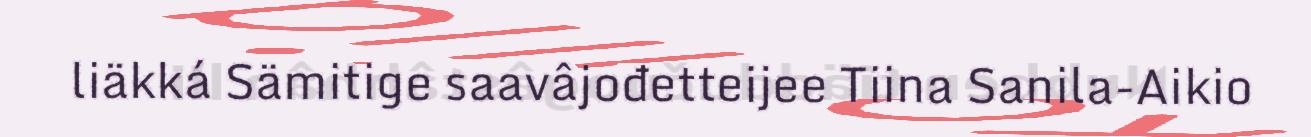
liäkká Sämitige saavâjođetteijee Tiina Sanila-Aikio